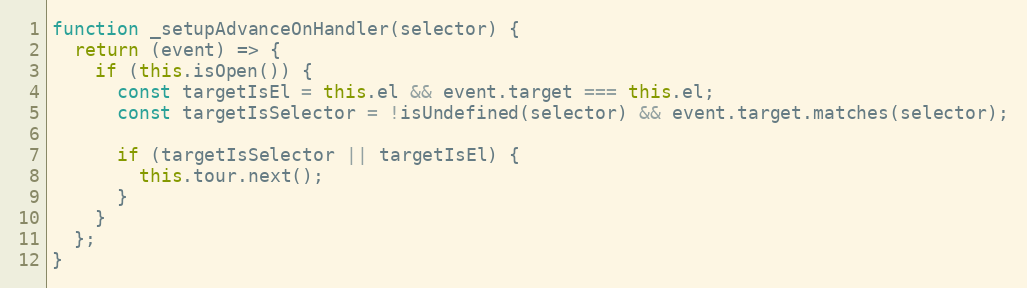
Language: JavaScript
function _setupAdvanceOnHandler(selector) {
  return (event) => {
    if (this.isOpen()) {
      const targetIsEl = this.el && event.target === this.el;
      const targetIsSelector = !isUndefined(selector) && event.target.matches(selector);

      if (targetIsSelector || targetIsEl) {
        this.tour.next();
      }
    }
  };
}